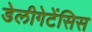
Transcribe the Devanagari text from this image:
डेलीगेटेंसिस